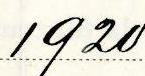
1920